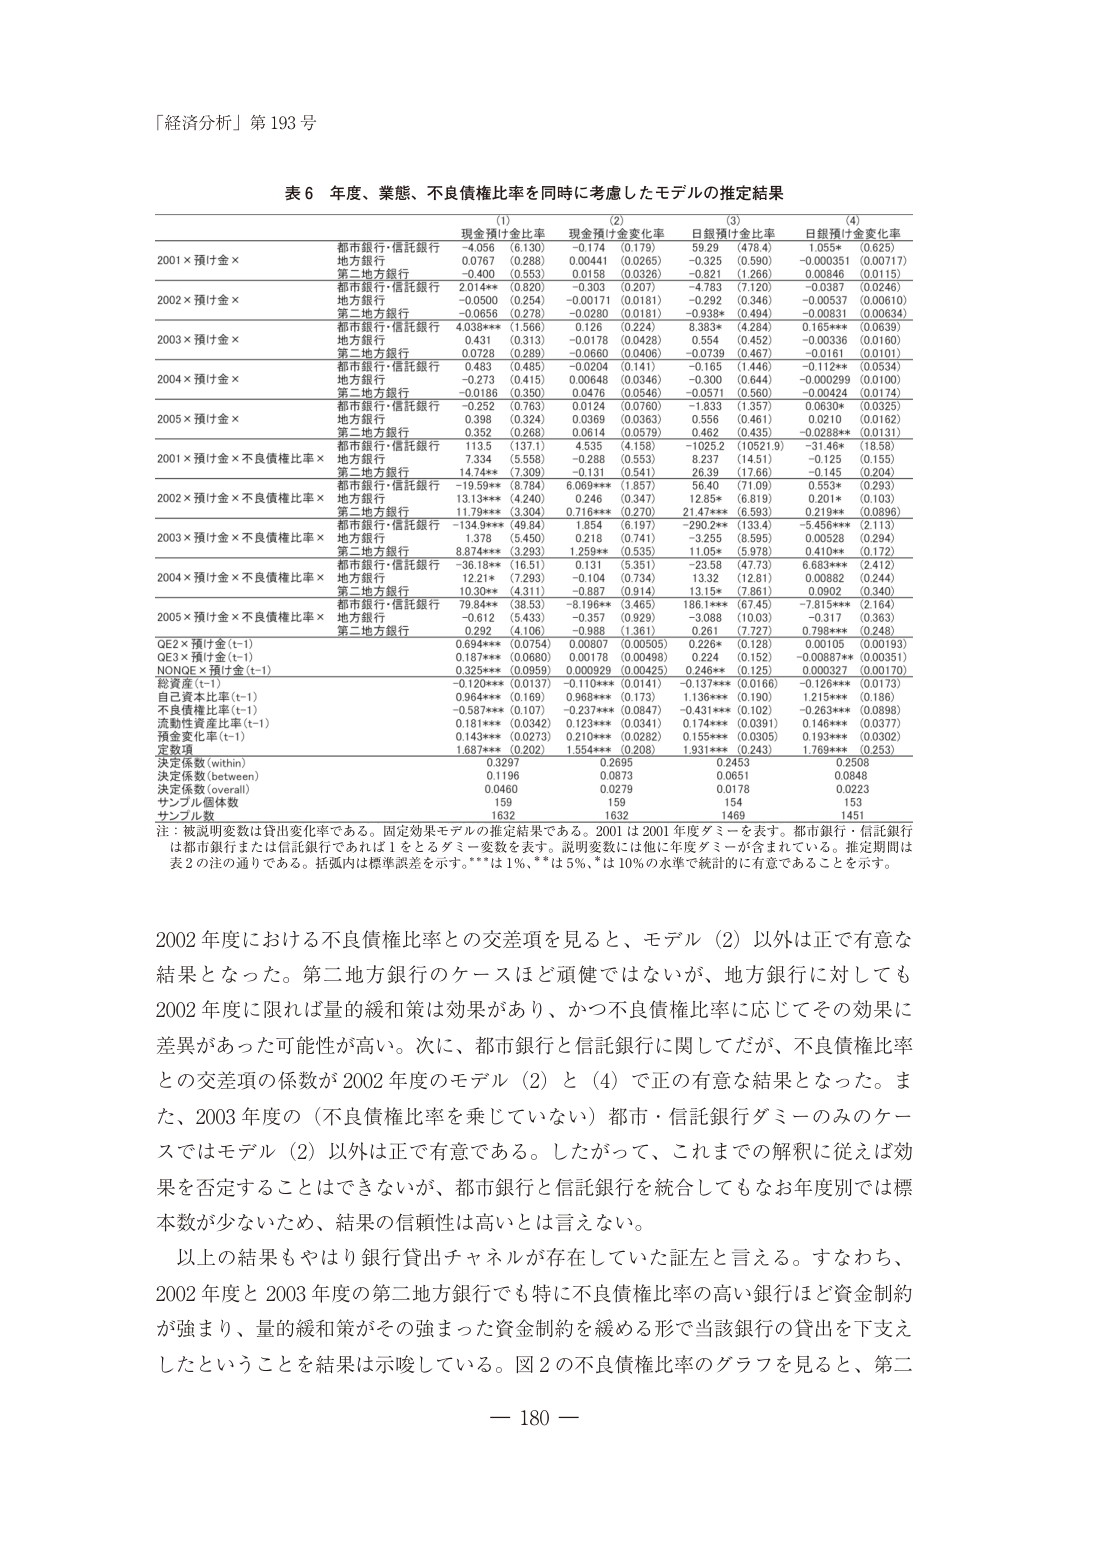
「経済分析」第 193 号

表 6 年度、業態、不良債権比率を同時に考慮したモデルの推定結果

(1) 現金預け金変化率
(2) 現金預け金変化率
(3) 日銀預け金変化率
(4) 日銀預け金変化率

2001×預け金×
都市銀行・信託銀行 -4.056 (6.130) -0.174 (0.179) 59.29 (478.4) 1.055* (0.625)
地方銀行 0.0767 (0.288) 0.00441 (0.0265) -0.325 (0.590) -0.000351 (0.00717)
第二地方銀行 -0.400 (0.553) 0.0158 (0.0326) -0.821 (1.266) 0.00846 (0.0115)

2002×預け金×
都市銀行・信託銀行 2.014** (0.820) -0.303 (0.207) -4.783 (7.120) -0.0387 (0.0246)
地方銀行 -0.0500 (0.254) -0.00171 (0.0181) -0.292 (0.346) -0.00537 (0.00610)
第二地方銀行 -0.0656 (0.278) -0.0280 (0.0181) -0.938* (0.494) -0.00831 (0.00634)

2003×預け金×
都市銀行・信託銀行 4.038*** (1.566) 0.126 (0.224) 8.383* (4.284) 0.165*** (0.0639)
地方銀行 0.431 (0.313) -0.0178 (0.0428) 0.554 (0.452) -0.00336 (0.0160)
第二地方銀行 0.0728 (0.289) -0.0660 (0.0406) -0.0739 (0.467) -0.0161 (0.0101)

2004×預け金×
都市銀行・信託銀行 0.463 (0.485) -0.0204 (0.141) -0.165 (1.446) -0.112** (0.0534)
地方銀行 7.334 (5.558) -0.288 (0.553) -0.237 (1.451) -0.125 (0.155)
第二地方銀行 -0.0186 (0.350) 0.0476 (0.0546) -0.0571 (0.560) -0.00424 (0.0174)

2005×預け金×
都市銀行・信託銀行 -0.252 (0.763) 0.0124 (0.0760) -1.833 (1.357) 0.0630* (0.0325)
地方銀行 0.398 (0.324) 0.0369 (0.0363) 0.556 (0.461) 0.0210 (0.0162)
第二地方銀行 0.352 (0.268) 0.0614 (0.0579) 0.462 (0.435) -0.0288** (0.0131)

2001×預け金×不良債権比率×
都市銀行・信託銀行 113.5 (137.1) 4.535 (4.158) -1029.2 (10521.9) -31.46* (18.58)
地方銀行 1.378 (5.450) 0.218 (0.741) 8.237 (14.51) 0.00528 (0.294)
第二地方銀行 14.74** (7.309) -0.131 (0.541) 26.39 (17.66) -0.145 (0.204)

2002×預け金×不良債権比率×
都市銀行・信託銀行 -19.59** (8.784) 6.069*** (1.857) 56.40 (71.09) 0.553* (0.293)
地方銀行 13.13*** (4.240) 0.246 (0.347) 12.85* (6.819) 0.201* (0.103)
第二地方銀行 11.79*** (3.304) 0.716*** (0.270) 21.47*** (6.593) 0.219** (0.0896)

2003×預け金×不良債権比率×
都市銀行・信託銀行 -134.9*** (49.84) 1.854 (6.197) -290.2** (133.4) -5.456*** (2.113)
地方銀行 0.218 (0.741) -3.255 (8.595) 0.00528 (0.294)
第二地方銀行 8.874*** (3.293) 1.259** (0.535) 11.05* (5.978) 0.410** (0.172)

2004×預け金×不良債権比率×
都市銀行・信託銀行 -36.18** (16.51) 0.131 (5.351) -23.58 (47.73) 6.683*** (2.412)
地方銀行 12.21* (7.293) -0.104 (0.734) 13.32 (12.81) 0.00882 (0.244)
第二地方銀行 10.30** (4.311) -0.887 (0.914) 13.15* (7.861) 0.0902 (0.340)

2005×預け金×不良債権比率×
都市銀行・信託銀行 79.84** (38.53) -6.190** (3.465) 186.1*** (67.45) -7.815*** (2.164)
地方銀行 -0.612 (5.433) -0.357 (0.929) -3.068 (10.03) -0.317 (0.363)
第二地方銀行 0.292 (4.106) -0.988 (1.361) 0.261 (7.727) 0.798*** (0.248)

OE2×預け金(t-1) 0.694*** (0.0754) 0.00807 (0.00505) 0.226* (0.128) 0.00105 (0.00193)
OE3×預け金(t-1) 0.187*** (0.0680) 0.00178 (0.00498) 0.224 (0.152) -0.00887** (0.00351)
NONOE×預け金(t-1) 0.325*** (0.0959) 0.000929 (0.00425) 0.246** (0.125) 0.000327 (0.00170)

総資産(t-1) -0.120*** (0.0137) -0.110*** (0.0141) -0.137*** (0.0168) -0.126*** (0.0173)
自己資本比率(t-1) 0.964*** (0.168) 0.968*** (0.173) 1.136*** (0.190) 1.215*** (0.186)
不良債権比率(t-1) -0.587*** (0.107) -0.237*** (0.0847) -0.431*** (0.102) -0.263*** (0.0898)
流動性資産比率(t-1) 0.181*** (0.0342) 0.123*** (0.0341) 0.174*** (0.0391) 0.146*** (0.0377)
預金変化率(t-1) 0.143*** (0.0273) 0.210*** (0.0282) 0.155*** (0.0305) 0.193*** (0.0302)
定数項 1.687*** (0.202) 1.554*** (0.208) 1.931*** (0.243) 1.769*** (0.253)

決定係数(within) 0.3297 0.2695 0.2453 0.2508
決定係数(between) 0.1186 0.0873 0.0651 0.0848
決定係数(overall) 0.0460 0.0279 0.0178 0.0223
サンプル個体数 159 159 154 153
サンプル数 1632 1632 1469 1451

注：被説明変数は貸出変化率である。固定効果モデルの推定結果である。2001は2001年度ダミーを表す。都市銀行・信託銀行は都市銀行または信託銀行であれば1をとるダミー変数を表す。説明変数には他に年度ダミーが含まれている。推定期間は表2の注の通りである。括弧内は標準誤差を示す。***は1%、**は5%、*は10%の水準で統計的に有意であることを示す。

2002年度における不良債権比率との交差項を見ると、モデル（2）以外は正で有意な結果となった。第二地方銀行のケースはど頑健ではないが、地方銀行に対しても2002年度に限れば量的緩和策は効果があり、かつ不良債権比率に応じてその効果に差異があった可能性が高い。次に、都市銀行と信託銀行に関してだが、不良債権比率との交差項の係数が2002年度のモデル（2）と（4）で正の有意な結果となった。また、2003年度の（不良債権比率を乗じていない）都市・信託銀行ダミーのみのケースではモデル（2）以外は正で有意である。したがって、これまでの解釈に従えば効果を否定することはできないが、都市銀行と信託銀行を統合してもなお年度別では標本数が少ないため、結果の信頼性は高いとは言えない。

以上の結果もやはり銀行貸出チャネルが存在していた証左と言える。すなわち、2002年度と2003年度の第二地方銀行でも数特に不良債権比率の高い銀行ほど資金制約が強まり、量的緩和策がその強まった資金制約を緩める形で当該銀行の貸出を下支えしたということを結果は示唆している。図2の不良債権比率のグラフを見ると、第二

— 180 —